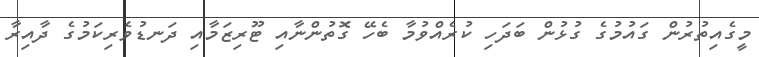
މީގެއިތުރުން ގައުމުގެ ގުޅުން ބަދަހި ކުރެއްވުމާ ބެހޭ ގޮތުންނާއި ޓޫރިޒަމާއި ދަނޑުވެރިކަމުގެ ދާއިރާ